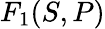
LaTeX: F_{1}(S,P)